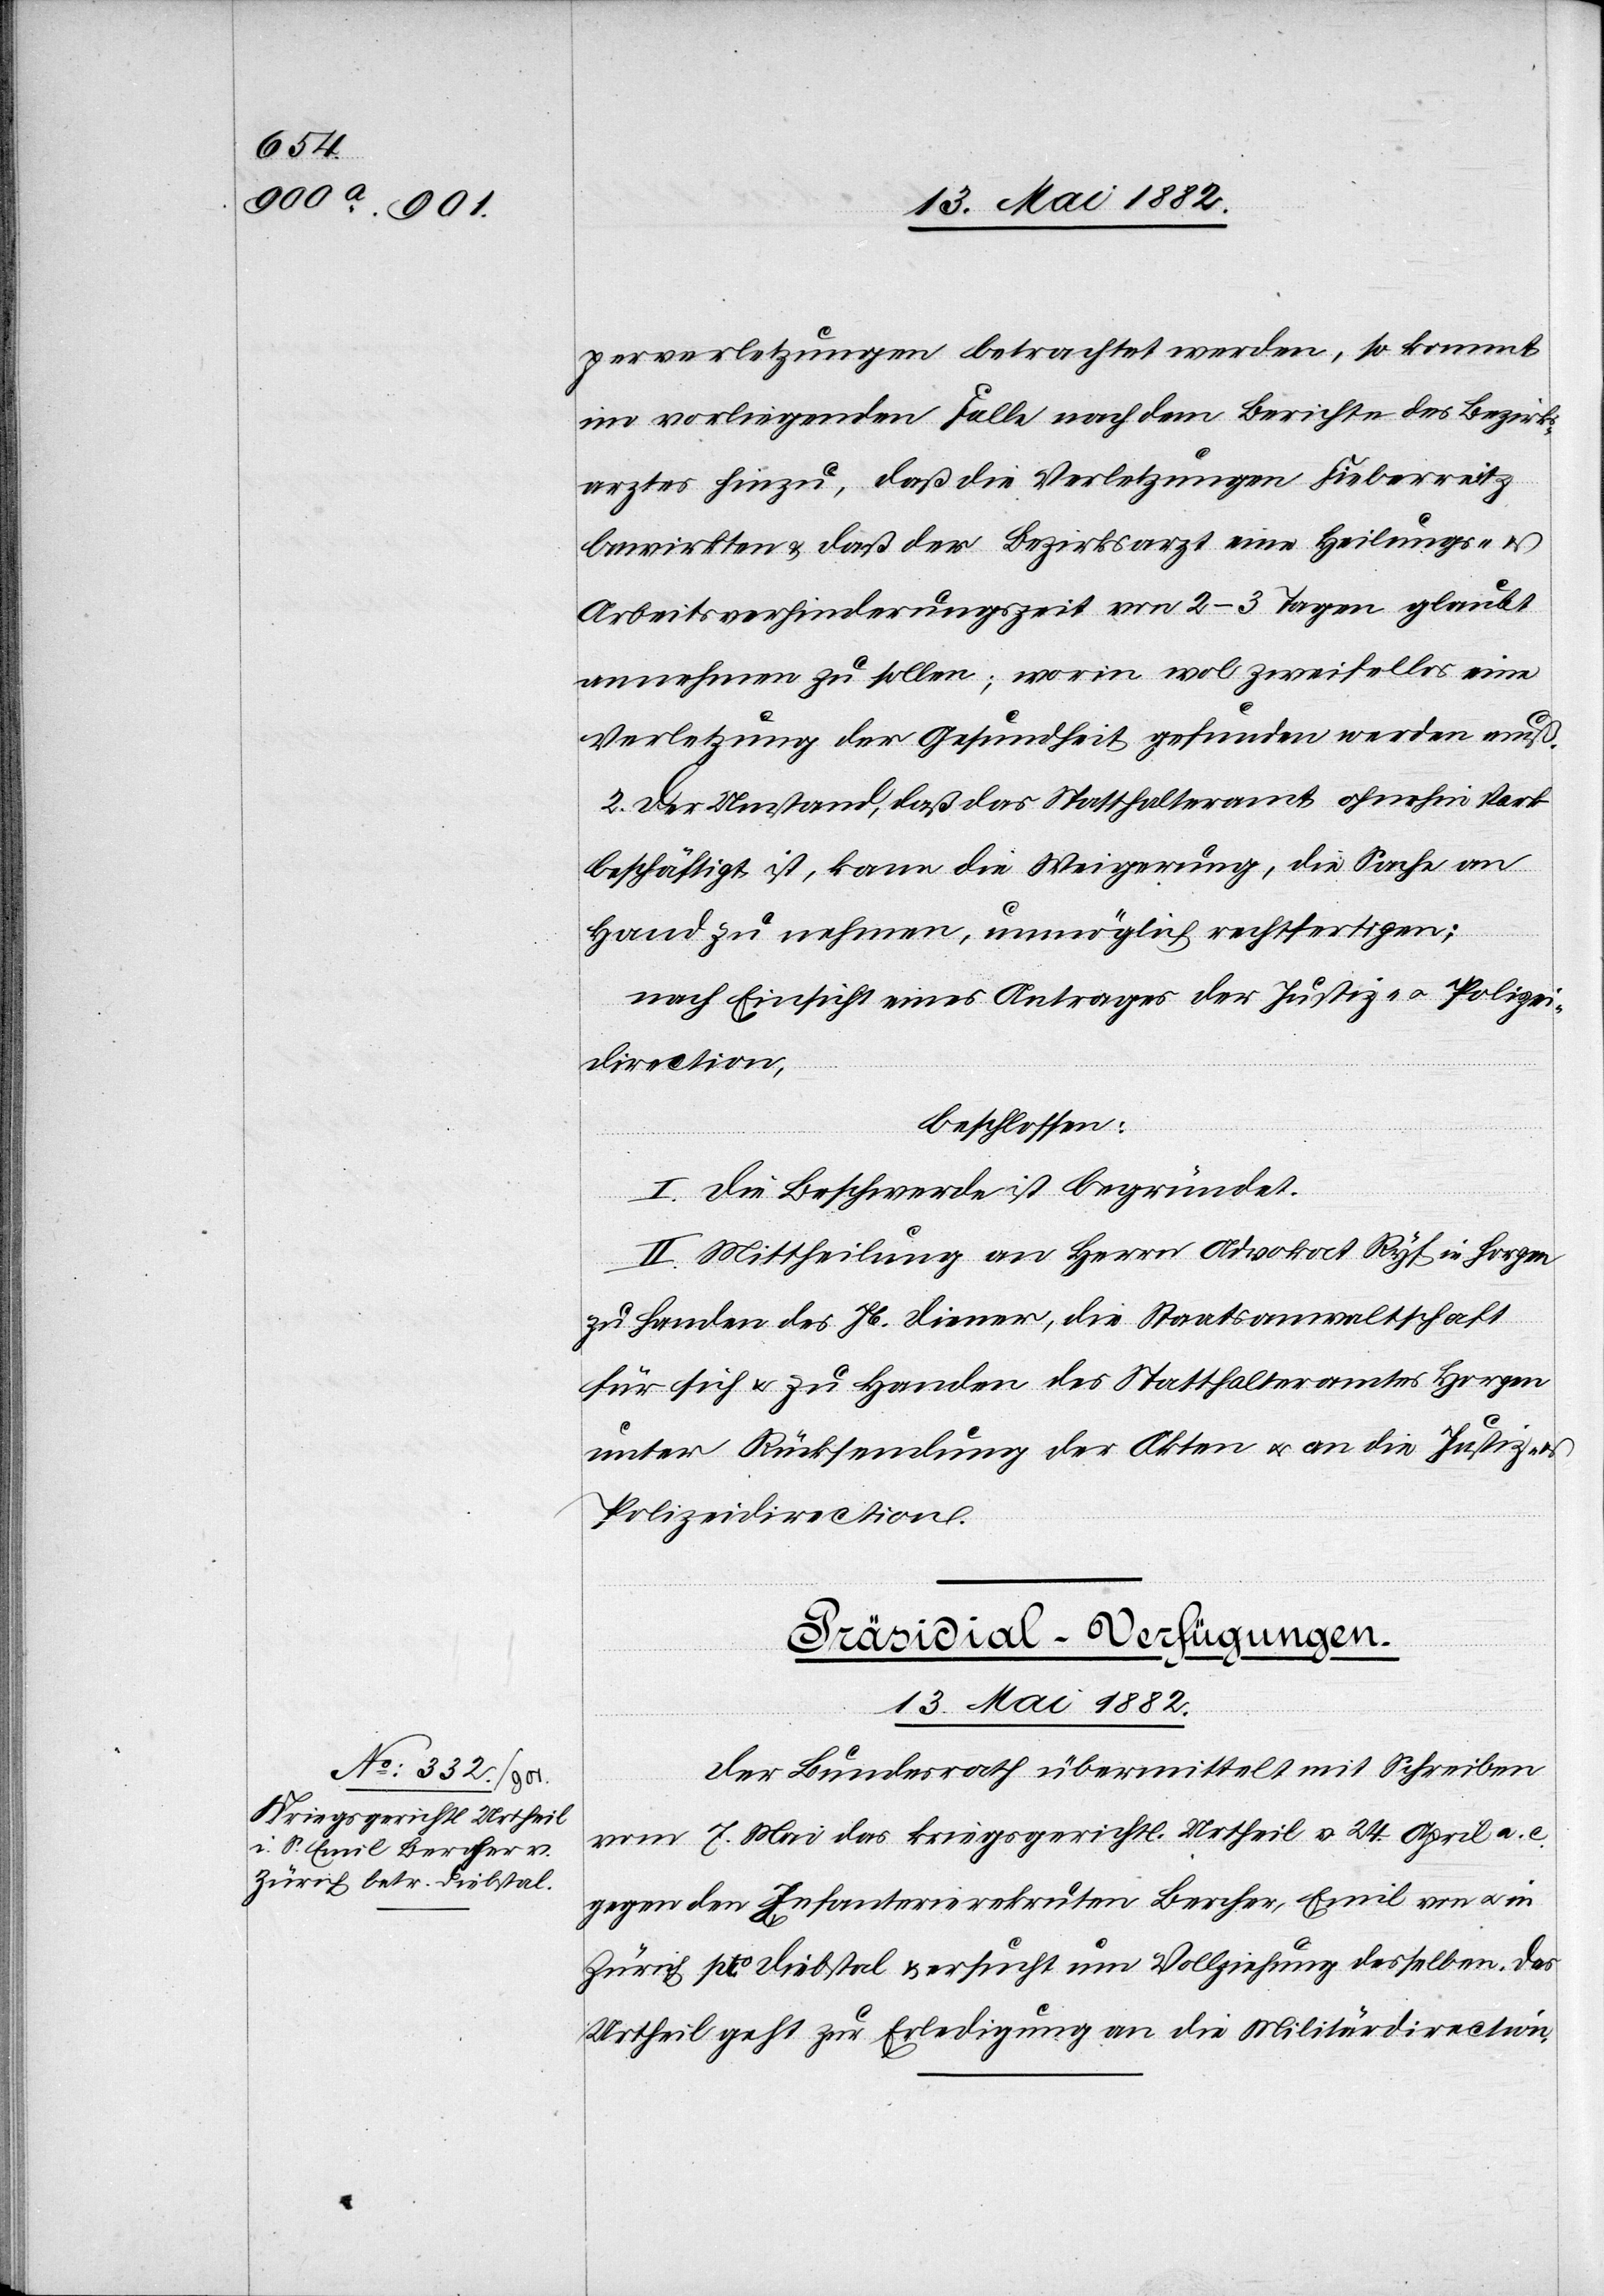
perverletzungen betrachtet werden, so kommt
im vorliegenden Falle nach dem Berichte des Bezirks¬
arztes hinzu, daß die Verletzungen Fieberreitz
bewirkten & daß der Bezirksarzt eine Heilungs-
Arbeitsverhinderungszeit von 2–3 Tagen glaubt
annehmen zu sollen; worin wol zweifellos eine
Verletzung der Gesundheit gefunden werden muss.
2. Der Umstand, daß das Statthalteramt ohnehin stark
beschäftigt ist, kann die Weigerung, die Sache an
Hand zu nehmen, unmöglich rechtfertigen;
nach Einsicht eines Antrages der Justiz- u. Polizei¬
direction,
beschlossen:
I. Die Beschwerde ist begründet.
II. Mittheilung an Herrn Advokat Ryf in Horgen
zu Handen des Jb. Diener, die Staatsanwaltschaft
für sich & zu Handen des Statthalteramtes Horgen
unter Rücksendung der Akten u. an die Justiz-
Polizeidirection.
Präsidial-Verfügungen.
13. Mai 1882.
Der Bundesrath übermittelt mit Schreiben
vom 7. Mai das kriegsgerichtl. Urtheil v. 24. April a. c.
gegen den Infanterierekruten Bercher, Emil von u. in
Zürich pto Diebstahl & ersucht um Vollziehung desselben. Das
Urtheil geht zur Erledigung an die Militärdirection.